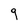
Character: 9